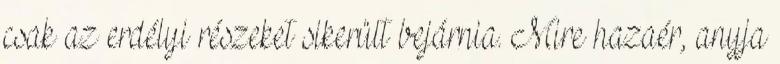
csak az erdélyi részeket sikerült bejárnia. Mire hazaér, anyja